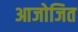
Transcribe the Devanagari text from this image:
आजोजित